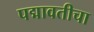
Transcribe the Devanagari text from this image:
पद्मावतीचा